Report of the King Institute of Preventive Medicine, Guindy
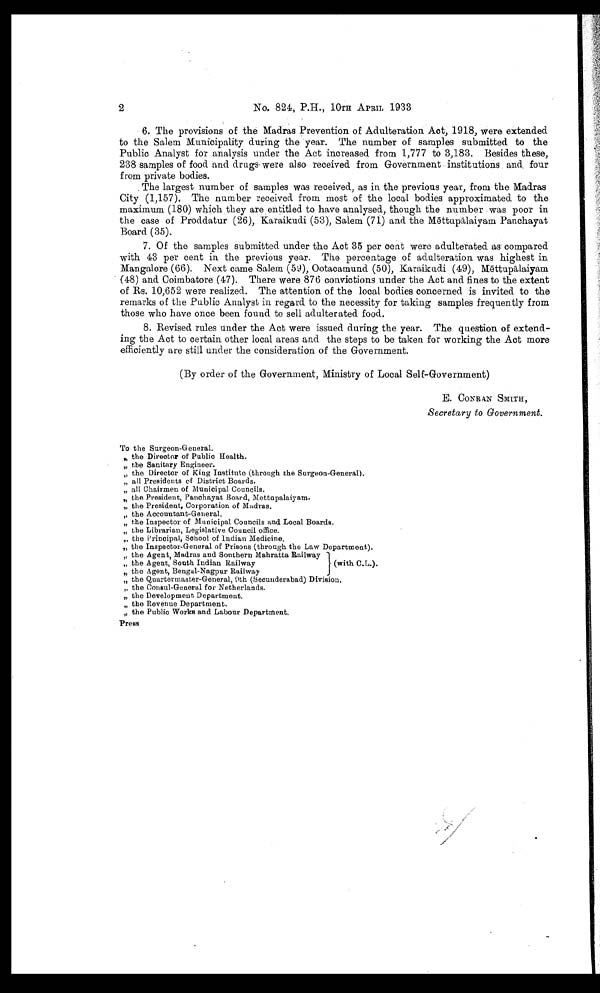
2
No. 824, P.H., 10TH APRIL 1933
6. The provisions of the Madras Prevention of Adulteration Act, 1918, were extended
to the Salem Municipality during the year. The number of samples submitted to the
Public Analyst for analysis under the Act increased from 1,777 to 3,183. Besides these,
238 samples of food and drugs were also received from Government institutions and four
from private bodies.
The largest number of samples was received, as in the previous year, from the Madras
City (1,157). The number received from most of the local bodies approximated to the
maximum (180) which they are entitled to have analysed, though the number was poor in
the case of Proddatur (26), Karaikudi (53), Salem (71) and the M ē ttupā laiyam Panchayat
Board (35).
7. Of the samples submitted under the Act 35 per cent were adulterated as compared
with 43 per cent in the previous year. The percentage of adulteration was highest in
Mangalore (66). Next came Salem (59), Ootacamund (50), Karaikudi (49), M ē ttupālaiyam
(48) and Coimbatore (47). There were 876 convictions under the Act and fines to the extent
of Rs. 10,652 were realized. The attention of the local bodies concerned is invited to the
remarks of the Public Analyst in regard to the necessity for taking samples frequently from
those who have once been found to sell adulterated food.
8. Revised rules under the Act were issued. during the year. The question of extend
- i n g t h e A c t t o c e r t a i n o t h e r l o c a l a r e a s a n d t h e s t e p s t o b e t a k e n f o r w o r k i n g t h e A c t m o r e
efficiently are still under the consideration of the Government.
(By order of the Government, Ministry of Local Self-Government)
E. CONRAN SMITH,
Secretary to Government.
To the Surgeon-General.
" the Director of Public Health.
" the Sanitary Engineer.
" the Director of King Institute (through the Surgeon-General).
" all Presidents of District Boards.
" all Chairmen of Municipal Councils.
" the President, Panchayat Board, Mettupalaiyam.
" the President, Corporation of Madras.
" the Accountant-General.
" the Inspector of Municipal Councils and Local Boards.
" the Librarian, Legislative Council office.
" the Principal, School of Indian Medicine.
" the Inspector-General of Prisons (through the Law Department).
" the Agent, Madras and Southern Mahratta Railway
" the Agent, South Indian Railway
" the Agent, Bengal-Nagpur Railway
" the Quartermaster-General, 9th (Secunderabad) Division.
" the Consul-General for Netherlands.
" the Development Department.
" the Revenue Department.
" the Public Works and Labour Department.
Press
(with C.L.).